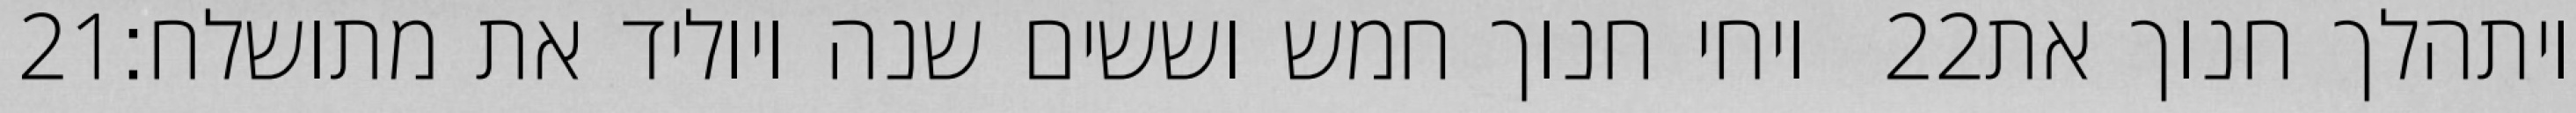
‎21‏ ויחי חנוך חמש וששים שנה ויוליד את מתושלח׃ ‎22‏ ויתהלך חנוך את